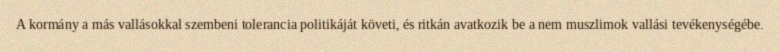
A kormány a más vallásokkal szembeni tolerancia politikáját követi, és ritkán avatkozik be a nem muszlimok vallási tevékenységébe.